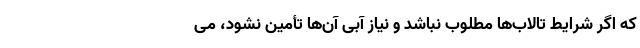
که اگر شرایط تالاب‌ها مطلوب نباشد و نیاز آبی آن‌ها تأمین نشود، می